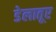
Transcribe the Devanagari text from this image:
डेलातूर